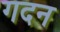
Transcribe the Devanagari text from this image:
गदन